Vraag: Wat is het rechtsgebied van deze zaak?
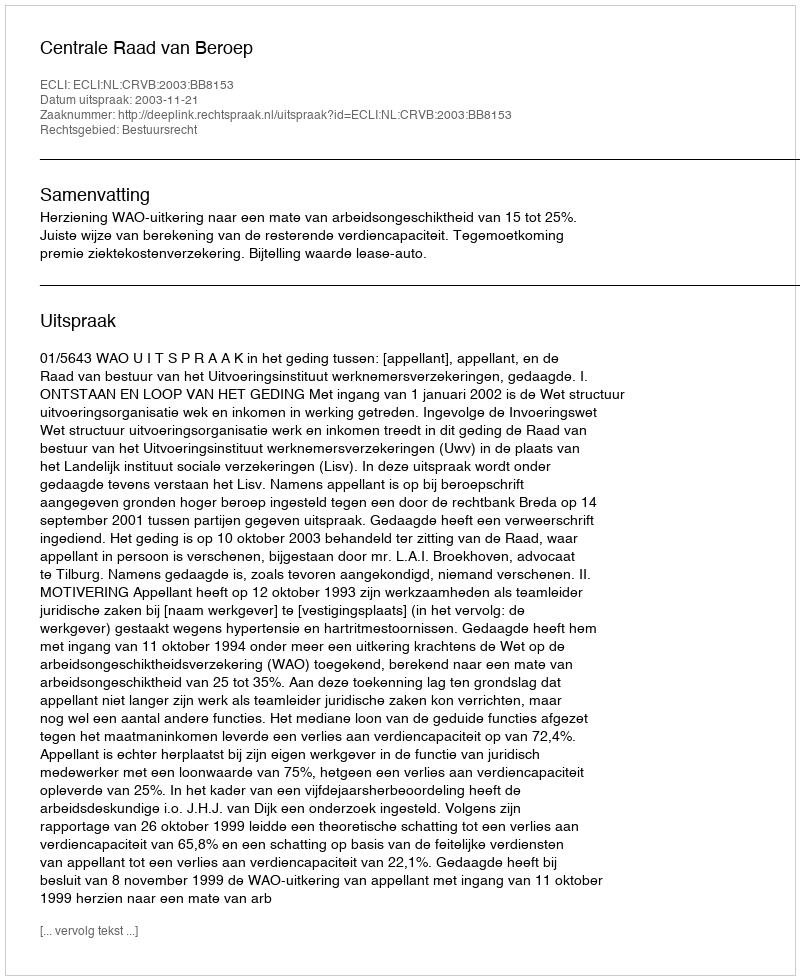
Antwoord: Bestuursrecht